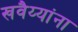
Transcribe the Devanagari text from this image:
खवैय्यांना